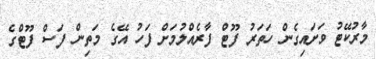
މާރުކޭޓު ވަށައިގެން ހަތަރު ފޫޓް ފާރެއްލުމަށް ފަހު އޭގެ މަތިން ފަސް ފޫޓްގެ